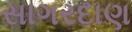
સાગરદાણ